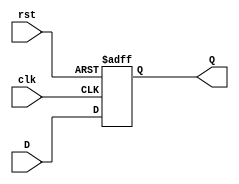
`timescale 1ns / 1ns

module flop(clk, rst, D, Q);
input clk, rst, D;
output Q;
reg Q;

always @ (posedge clk, posedge rst)
	if (rst) Q <= 1'b0;
	else		Q <= D;

endmodule